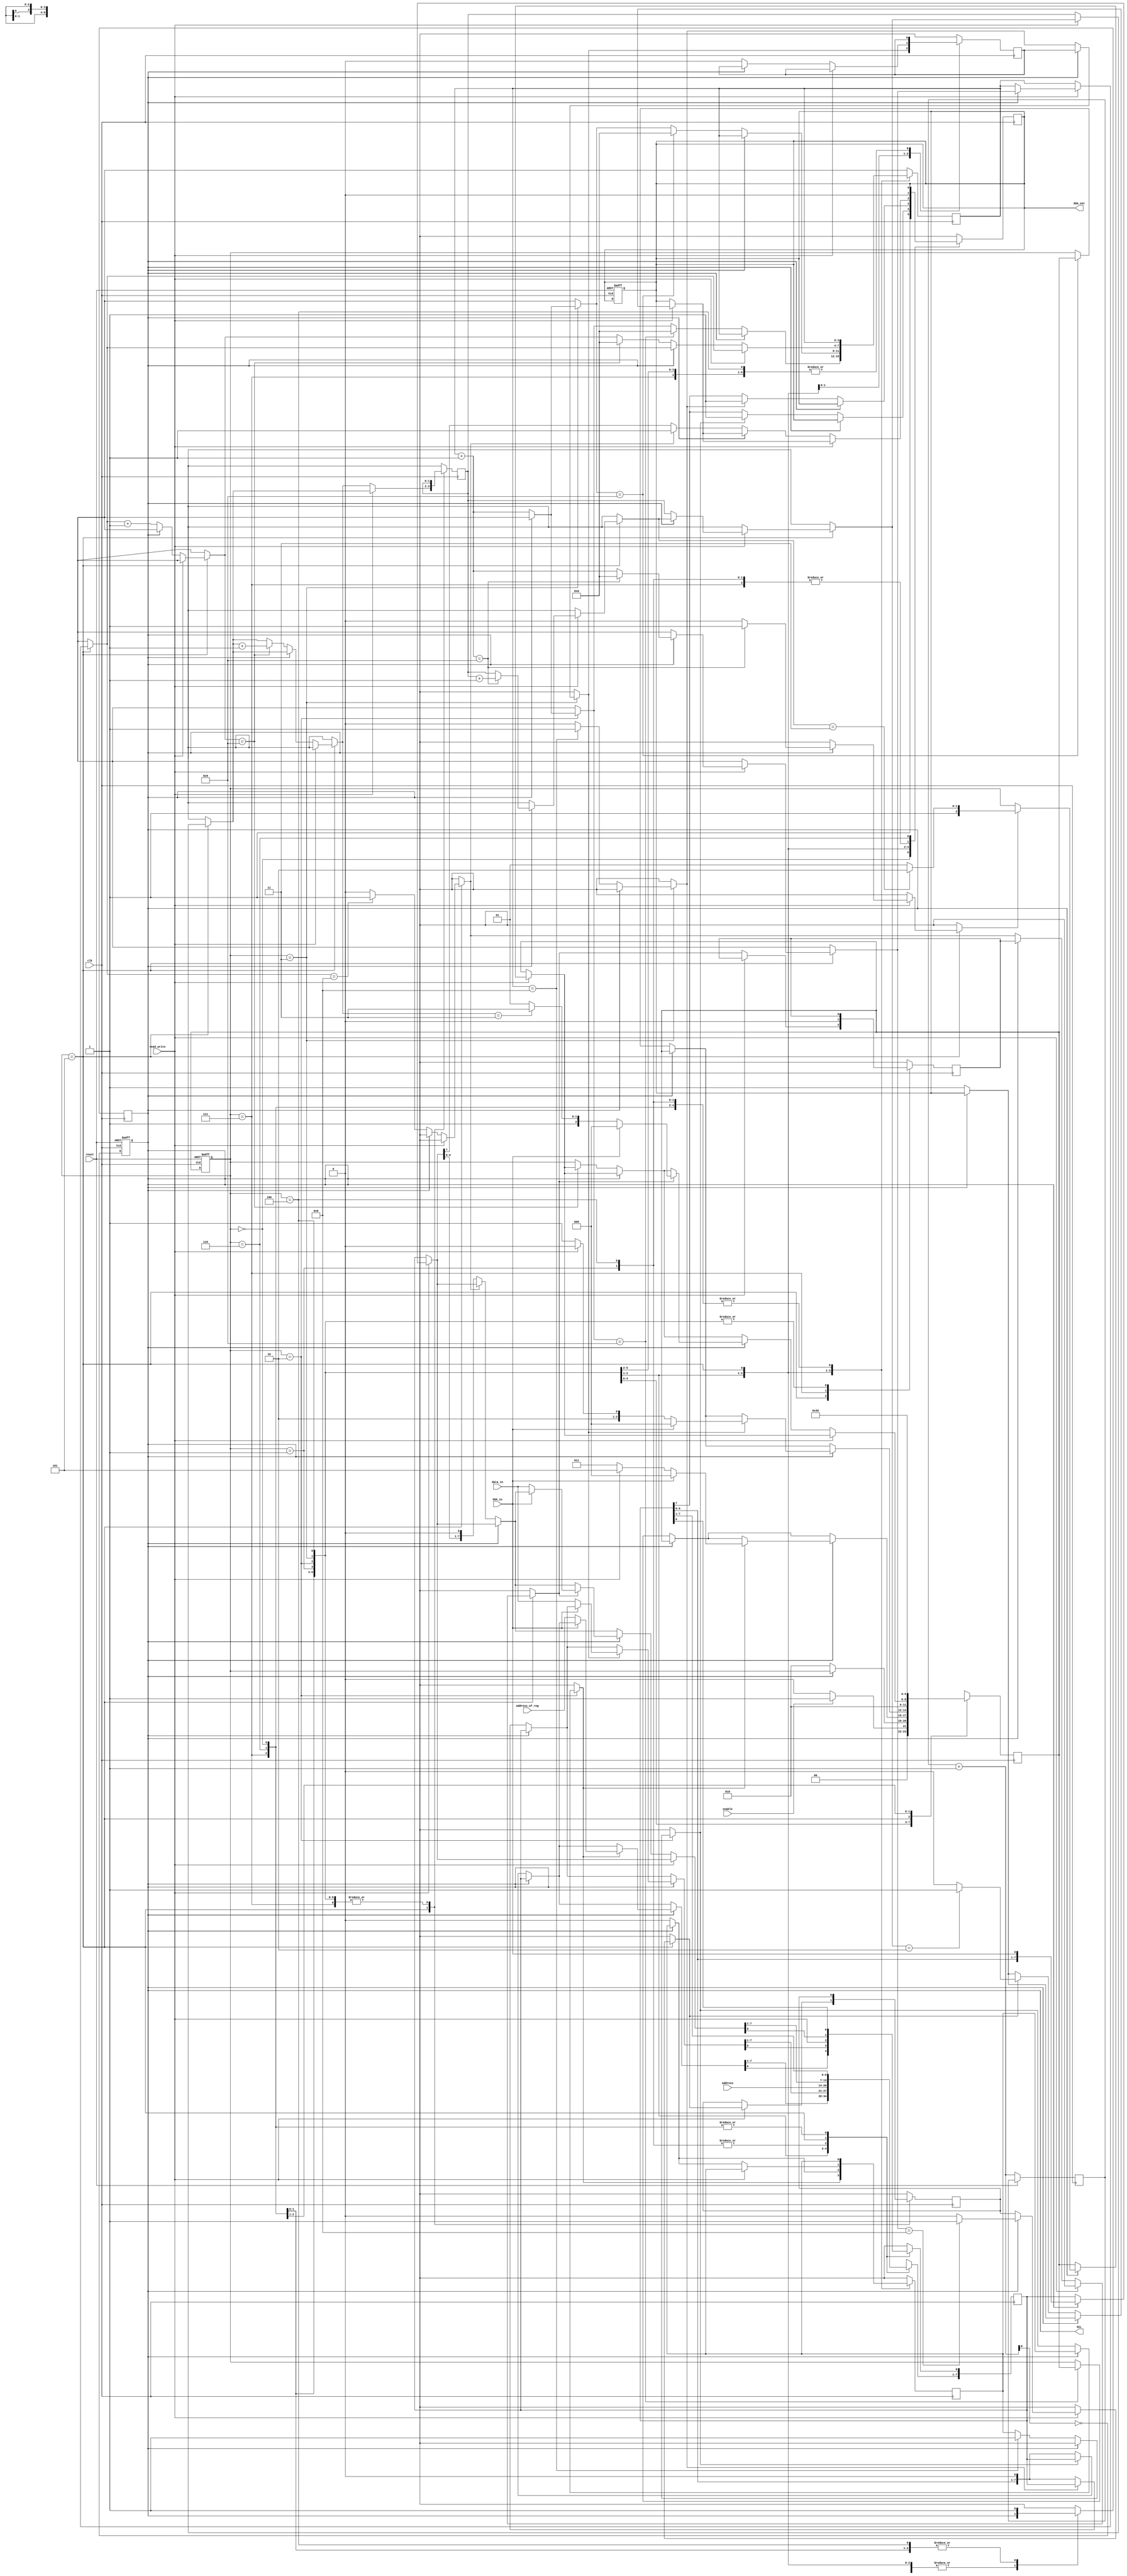
module I2C_master (
    input wire clk,                // Clock input
    input wire reset,              // Reset input 
    input wire enable,             // Enable to start operation
    input wire read_write,          
    input wire [7:0] data_in,      // Data to be sent
    input wire [6:0] address,
    input wire [7:0] address_of_reg,
    output reg SCL,
    input  wire SDA_in, 
    output  wire SDA_out      
);

localparam IDLE             =  3'b000;
localparam START            =  3'b001;
localparam ADD_OF_SLAVE     =  3'b010;
localparam ADD_OF_REGISTER  =  3'b011;
localparam DATA             =  3'b101;
localparam PRE_STOP         =  3'b111;
localparam STOP             =  3'b110;
localparam SR               =  3'b100;


reg [7:0] data_register_1 = 0;
reg [7:0] slave_reg = 8'b0000_0000;
reg [2:0] current_state , next_state;
reg [7:0] shift_reg = 8'b0000_0000;
reg [3:0] shift_count = 4'b0000;
reg [1:0] clk_count = 2'b10;
reg [1:0] ack_cnt = 2'b00;
reg sda , add_cnt_8_m = 0  , reg_cnt_8_m = 0  , data_cnt_8_m = 0  , data_cnt_m = 0 , ack_cnt_m = 0 , data_cnt = 0 , 
data_cnt_8 = 0 , data_neg = 0; 


  always @(posedge clk or posedge reset) 
    begin
        if (reset)begin
                  sda = 1'b1;
                  SCL = 1'b1;
                  current_state <= IDLE;
          end 
        else 
           begin
                current_state = next_state ;
                clk_count = clk_count + 1'b1;  
                SCL = !clk_count[0];
          end     
    end

 always @(posedge clk) begin
    case(current_state)
      IDLE : begin   // 000
                next_state =  enable ? START : IDLE ;
                sda = 1'b1;
                SCL = 1'b1;
    end
      START : begin  // 001
              sda = 1'b0;
              if (SCL == 1)
              next_state = current_state;
              else
              next_state = ADD_OF_SLAVE;
                shift_reg[7:1] = address;
                shift_reg[0] = read_write;
   end
      ADD_OF_SLAVE  : begin  // 010
      
              if (!SCL)begin
                  if (shift_count == 8)
                  add_cnt_8_m = 1;
                  //
                  if (add_cnt_8_m)begin
                   sda <= 1'b1;
                    shift_count = shift_count + 1'b1;
                  end
                  else begin
                  sda <= shift_reg[7];
                  shift_count = shift_count + 1'b1;
                  shift_reg = {shift_reg[6:0], 1'b0};
                  end
             if (shift_count == 9)
                 shift_count = 1'b0;
            else
            begin
                 next_state = current_state;
         end
       end
       if (SCL)begin
                 if (add_cnt_8_m)
                 if (SDA_in == 0) begin
                  if (read_write == 1)
                  next_state = DATA;
                else
                 next_state = ADD_OF_REGISTER;
                 shift_reg = address_of_reg;
         end
            else 
                 next_state =  IDLE ;
       end
   end
         ADD_OF_REGISTER : begin // 011
                if (!SCL)begin
                   add_cnt_8_m = 0;
                  if (shift_count == 8)
                  reg_cnt_8_m = 1;
                  else
                  reg_cnt_8_m = 0;
                  if (reg_cnt_8_m)begin
                    sda <= 1'b1;
                    shift_count = shift_count + 1'b1;
                  end
                  else begin
                  sda <= shift_reg[7];
                  shift_count = shift_count + 1'b1;
                  shift_reg = {shift_reg[6:0], 1'b0};
                  end
             if (shift_count == 9)
                 shift_count = 1'b0;
         
            else
            begin
                 next_state = current_state;
         end
       end
       if (SCL)begin
                 if (reg_cnt_8_m)
                 if (SDA_in == 0) begin
                 if (read_write == 1)
                  next_state = SR;
                else
                 next_state = DATA;
                 shift_reg = data_in;
         end
            else 
                 next_state =  IDLE ;
       end
          
      end

      SR : begin
              SCL = 1;
              sda = 0;
              if (SCL == 0)
              next_state = current_state;
              else
              next_state = ADD_OF_SLAVE;
              shift_reg[7:1] = address;
              shift_reg[0] = read_write;
       
      end

      DATA : begin // 101
      
             if (read_write == 1)begin
              if (SCL)begin
             shift_reg = {shift_reg[6:0],SDA_in};
             shift_count = shift_count + 1'b1;
            if (shift_count == 9)begin
               data_cnt = 1'b1;
               ack_cnt  = ack_cnt + 1;
               shift_count = 0;

      end
      else
      data_cnt = 1'b0;

          if (shift_count == 8)begin
               data_cnt_8 = 1;
               data_register_1 = shift_reg;
          end
          else
          data_cnt_8 = 0;
              
     
     if (data_cnt) begin
         // SDA_out = 1'b0;
          next_state = DATA;
            
     
          if (ack_cnt == 3)begin
              next_state = STOP;     
          end
     end
      else
      next_state = current_state;
    end

          if (!SCL)begin
          if (data_cnt_8)
          sda <= 0;
          else
          sda <= 1;
          end
          if (!SCL)begin
            
          if (data_cnt_8)begin
          if (ack_cnt == 2'b10)
          sda <= 1;
          else
          sda <= 0;
          end
          end
     end
   


      if  (read_write == 0)begin
              if (!SCL)begin
                reg_cnt_8_m = 0;
                add_cnt_8_m = 0;
            if (shift_count == 8)
                  data_cnt_8_m = 1;
                  else
                  data_cnt_8_m = 0;
                  if (data_cnt_8_m)begin
                    sda <= 1'b1;
                    shift_count = shift_count + 1'b1;
                  end
                  else begin
                  sda <= shift_reg[7];
                  shift_count = shift_count + 1'b1;
                  shift_reg = {shift_reg[6:0], 1'b0};
                  end
                 if (shift_count == 9)begin
                 shift_count = 1'b0;
                 ack_cnt  = ack_cnt + 1;
                 end
            else
            begin
                 next_state = current_state;
         end
      end
       if (SCL)begin
                 if (data_cnt_8_m)
                 if (SDA_in == 0) begin
                    if(ack_cnt == 3)begin
                    next_state = PRE_STOP;
                    end
                    else
                 next_state = DATA;
                 shift_reg = data_in;
                 
         end
            else 
                 next_state =  IDLE ;
       end
      end
      end
     
      PRE_STOP : begin // 111
         data_cnt_8_m = 0;
         sda = 0 ;
         next_state = STOP;
         end

         STOP : begin // 110
         next_state = IDLE;
         SCL = 1 ;
    
         end

     default : begin 
         next_state = IDLE ;
         end
    endcase
  end

assign SDA_out = sda;



endmodule